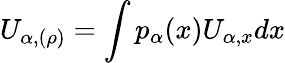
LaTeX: U_{\alpha,(\rho)}=\int p_{\alpha}(x)U_{\alpha,x}dx